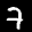
Label: 7